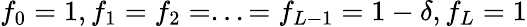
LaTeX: f_{0}=1,f_{1}=f_{2}=...=f_{L-1}=1-\delta,f_{L}=1